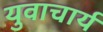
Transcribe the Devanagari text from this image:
युवाचार्य